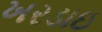
ખરડાઇ